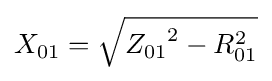
X_{01}={\sqrt {{Z_{01}}^{2}-{R_{01}^{2}}}}